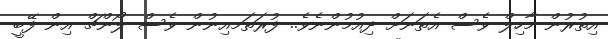
އިތުރުން މާހިލް ވެސް އެތަނަށް ދިއުމުންނެވެ.. ފުރަތަމއިނުން ވެސް ލޯންޗް އިން ފޭބީ